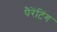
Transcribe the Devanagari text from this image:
पैरेंटिंग